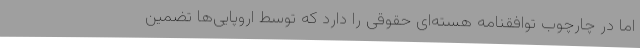
اما در چارچوب توافقنامه هسته‌ای حقوقی را دارد که توسط اروپایی‌ها تضمین